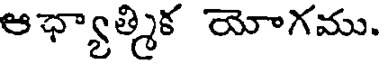
ఆఛ్యాత్మిక యోగము.